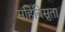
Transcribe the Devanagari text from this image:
सहिविस्नुता